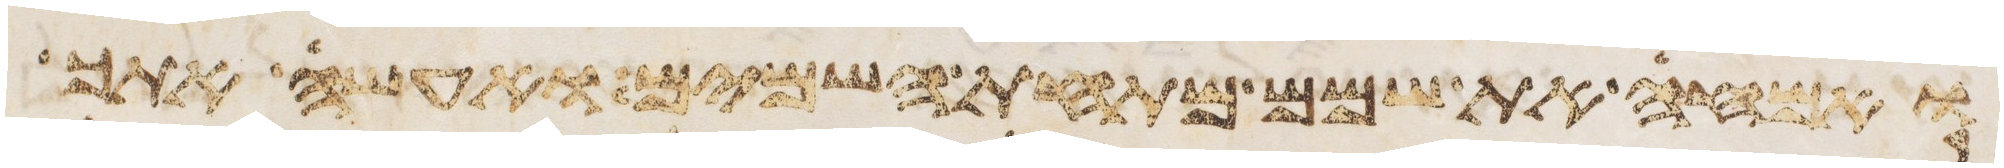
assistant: ואמחה את שמם מתחת השמים ואעשה אתך